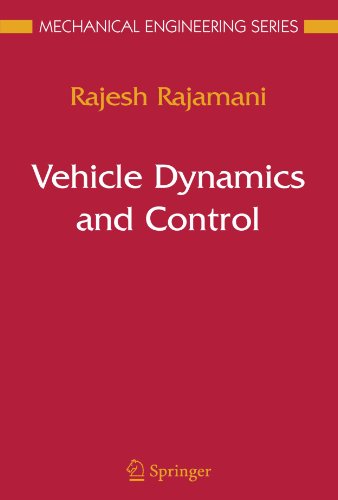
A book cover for Vehicle Dynamics and Control (Mechanical Engineering Series); Rajesh Rajamani; Engineering & Transportation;